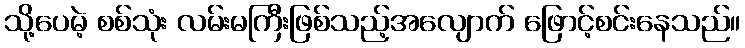
သို့ပေမဲ့ စစ်သုံး လမ်းမကြီးဖြစ်သည့်အလျောက် ဖြောင့်စင်းနေသည်။